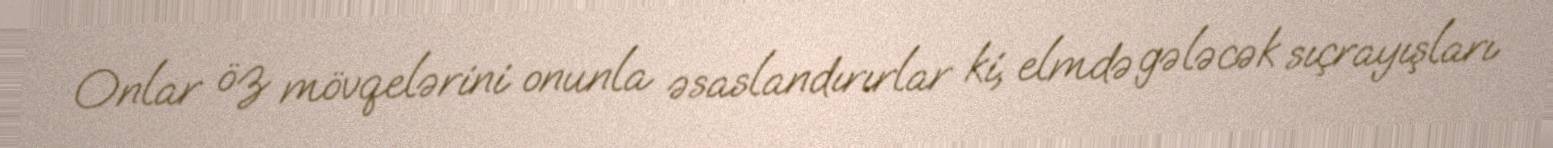
Onlar öz mövqelərini onunla əsaslandırırlar ki, elmdə gələcək sıçrayışları